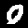
Digit: 0